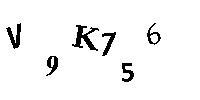
V9K756